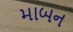
માબન